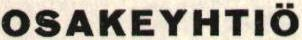
OSAKEYHTIÖ